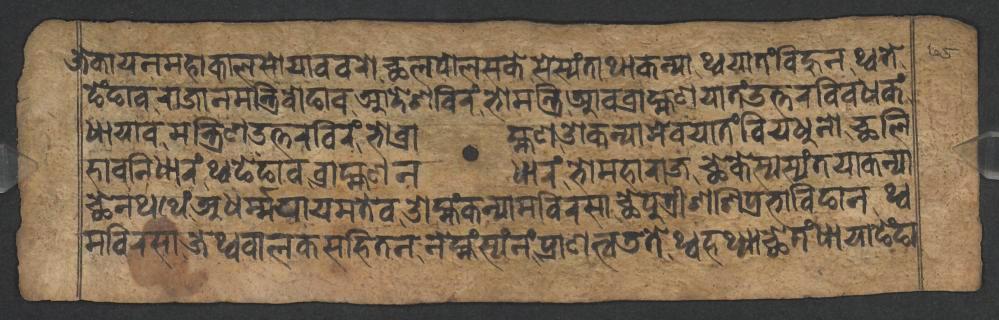
𑐖𑐾𑐎𑐵𑐫𑐣𑐩𑐴𑐵𑐎𑐵𑐮𑐳𑑀𑐫𑐵𑐰𑐰𑐬𑑀𑐕𑐮𑐥𑑀𑐮𑐳𑐎𑐾𑐳𑐾𑐳𑑂𑐫𑑄𑐟𑐵𑐠𑐵𑐎𑐣𑑂𑐫𑐵𑐠𑑂𑐰𑐫𑐵𑐟𑑄𑐧𑐶𑐴𑐸𑐣𑐠𑑂𑐰𑐟𑐾𑑄 𑐒𑐾𑑄𑐒𑐵𑐰𑐬𑐵𑐖𑐵𑐣𑐩𑐣𑑂𑐟𑑂𑐬𑐶𑐧𑑀𑐒𑐵𑐰𑐁𑐡𑐾𑐱𑐧𑐶𑐬𑑄𑐨𑑀𑐩𑐣𑑂𑐟𑑂𑐬𑐶𑐁𑐰𑐧𑑂𑐬𑐵𑐴𑑂𑐩𑐞𑐫𑐵𑐟𑑄𑐄𑐟𑑂𑐟𑐬𑐧𑐶𑐰𑐢𑐎𑑄 𑐢𑐵𑐫𑐵𑐰𑐩𑐣𑑂𑐟𑑂𑐬𑐶𑐞𑑁𑐟𑑂𑐟𑐬𑐧𑐶𑐬𑑄𑐨𑑀𑐧𑑂𑐬𑐵𑐴𑑂𑐩𑐞𑐌𑐎𑐣𑑂𑐫𑐵𑐩𑐾𑐰𑐫𑐵𑐟𑑄𑐧𑐶𑐫𑐢𑐸𑐣𑑀𑐕𑐮𑐶 𑐴𑐵𑐰𑐣𑐶𑐢𑐵𑐬𑑄𑐠𑑂𑐰𑐒𑐾𑑄𑐒𑐵𑐰𑐧𑑂𑐬𑐵𑐴𑑂𑐩𑐞𑐣𑐢𑐵𑐬𑑄𑐨𑑀𑐩𑐴𑐵𑐬𑐵𑐖𑐕𑐾𑐎𑐾𑐳𑑂𑐫𑐳𑑂𑐫𑑄𑐟𑐫𑐵𑐎𑐣𑑂𑐫𑐵 𑐕𑐾𑐣𑐠𑐠𑐾𑑄𑐀𑐢𑐬𑑂𑐩𑑂𑐩𑐫𑐵𑐫𑐩𑐟𑐾𑐰𑐌𑐩𑑂𑐴𑑄𑐎𑐣𑑂𑐫𑐵𑐩𑐧𑐶𑐬𑐳𑐵𑐕𑐾𑐥𑐸𑐟𑑂𑐬𑐷𑐱𑐱𑐶𑐥𑑂𑐬𑐨𑐵𑐧𑐶𑐒𑐵𑐣𑐠𑑂𑐰 𑐩𑐧𑐶𑐬𑐳𑐵𑐖𑐾𑐠𑑂𑐰𑐧𑐵𑐮𑐎𑐳𑐴𑐶𑐟𑐣𑐣𑐾𑐩𑑂𑐴𑑄𑐳𑑂𑐫𑑄𑐣𑑄𑐥𑑂𑐬𑐵𑐞𑐟𑑂𑐰𑐜𑐟𑐾𑐠𑑂𑐰𑐴𑐠𑑂𑐫𑐵𑐕𑐾𑐟𑑄𑐢𑐵𑐫𑐵𑐒𑐾𑑄𑐒𑐵